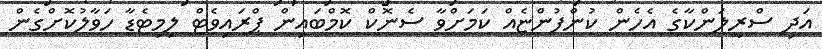
އަދި ސްރީލަންކާގެ އެހެން ކުންފުންޏެއް ކަމަށްވާ ސެނޮކް ކޮމްބައިން ޕްރައިވެޓް ލިމިޓެޑާ ހަވާލުކޮށްގެން